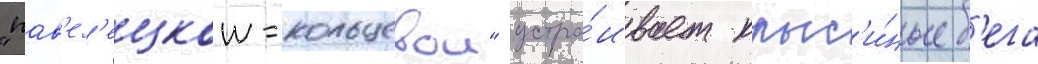
"пав'ел'ецкои-кольцевои" устра́ивает крыс'и́ные б'ега